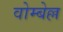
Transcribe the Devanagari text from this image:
वोम्बेल्ल